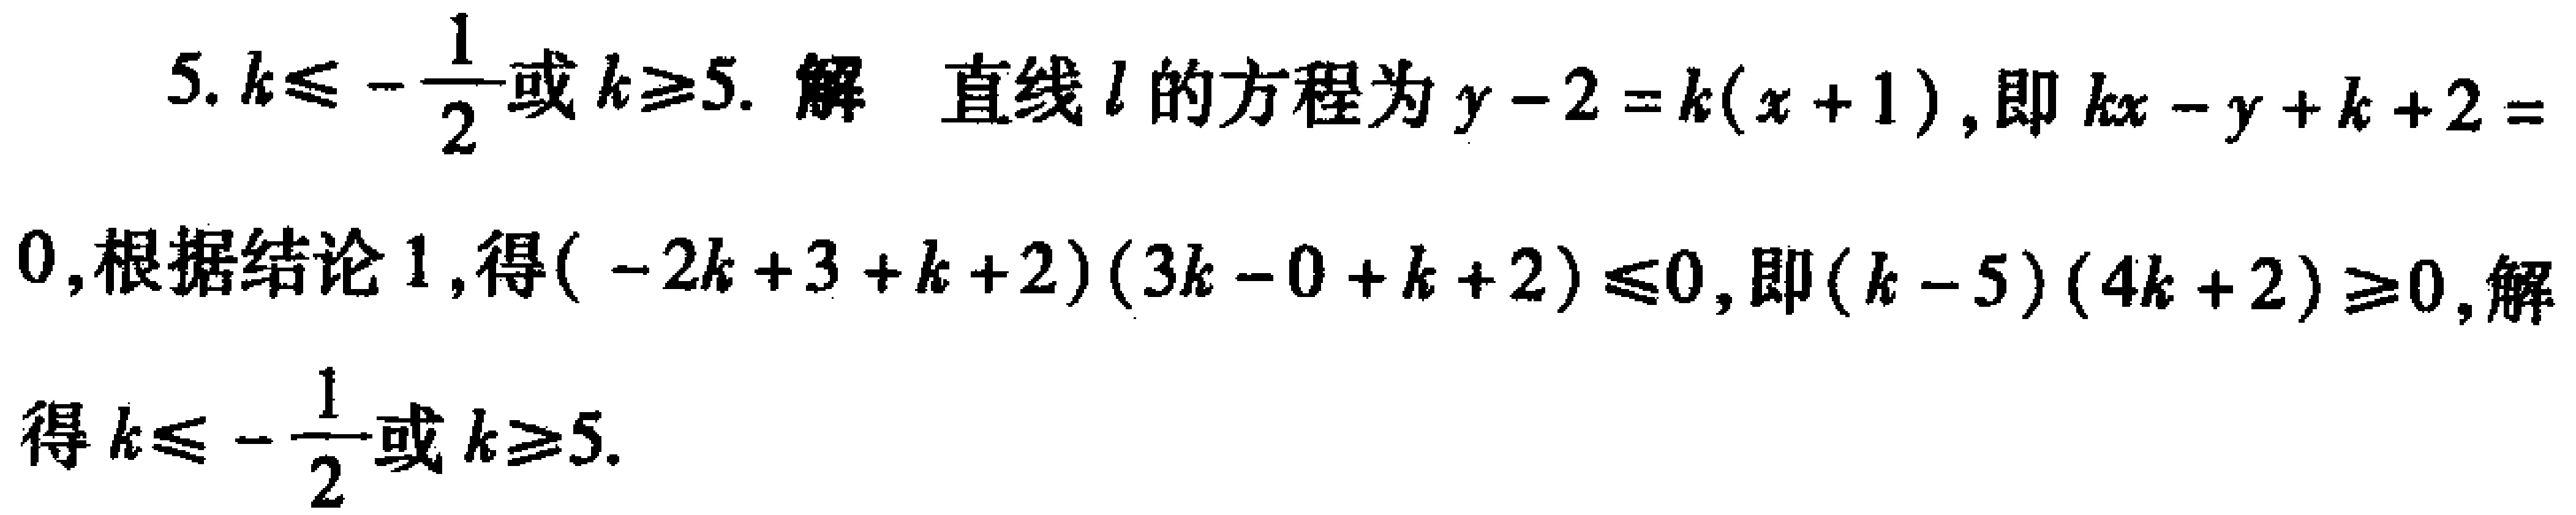
5. \(k\leqslant -\frac{1}{2}\)或\(k\geqslant 5\). 解 直线\(l\)的方程为\(y - 2 = k(x + 1)\), 即\(kx - y + k + 2 = 0\),根据结论1,得\((-2k + 3 + k + 2)(3k - 0 + k + 2)\leqslant 0\), 即\((k - 5)(4k + 2)\geqslant 0\), 解得\(k\leqslant -\frac{1}{2}\)或\(k\geqslant 5\).